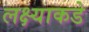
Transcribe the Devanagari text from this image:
लक्ष्याकडे